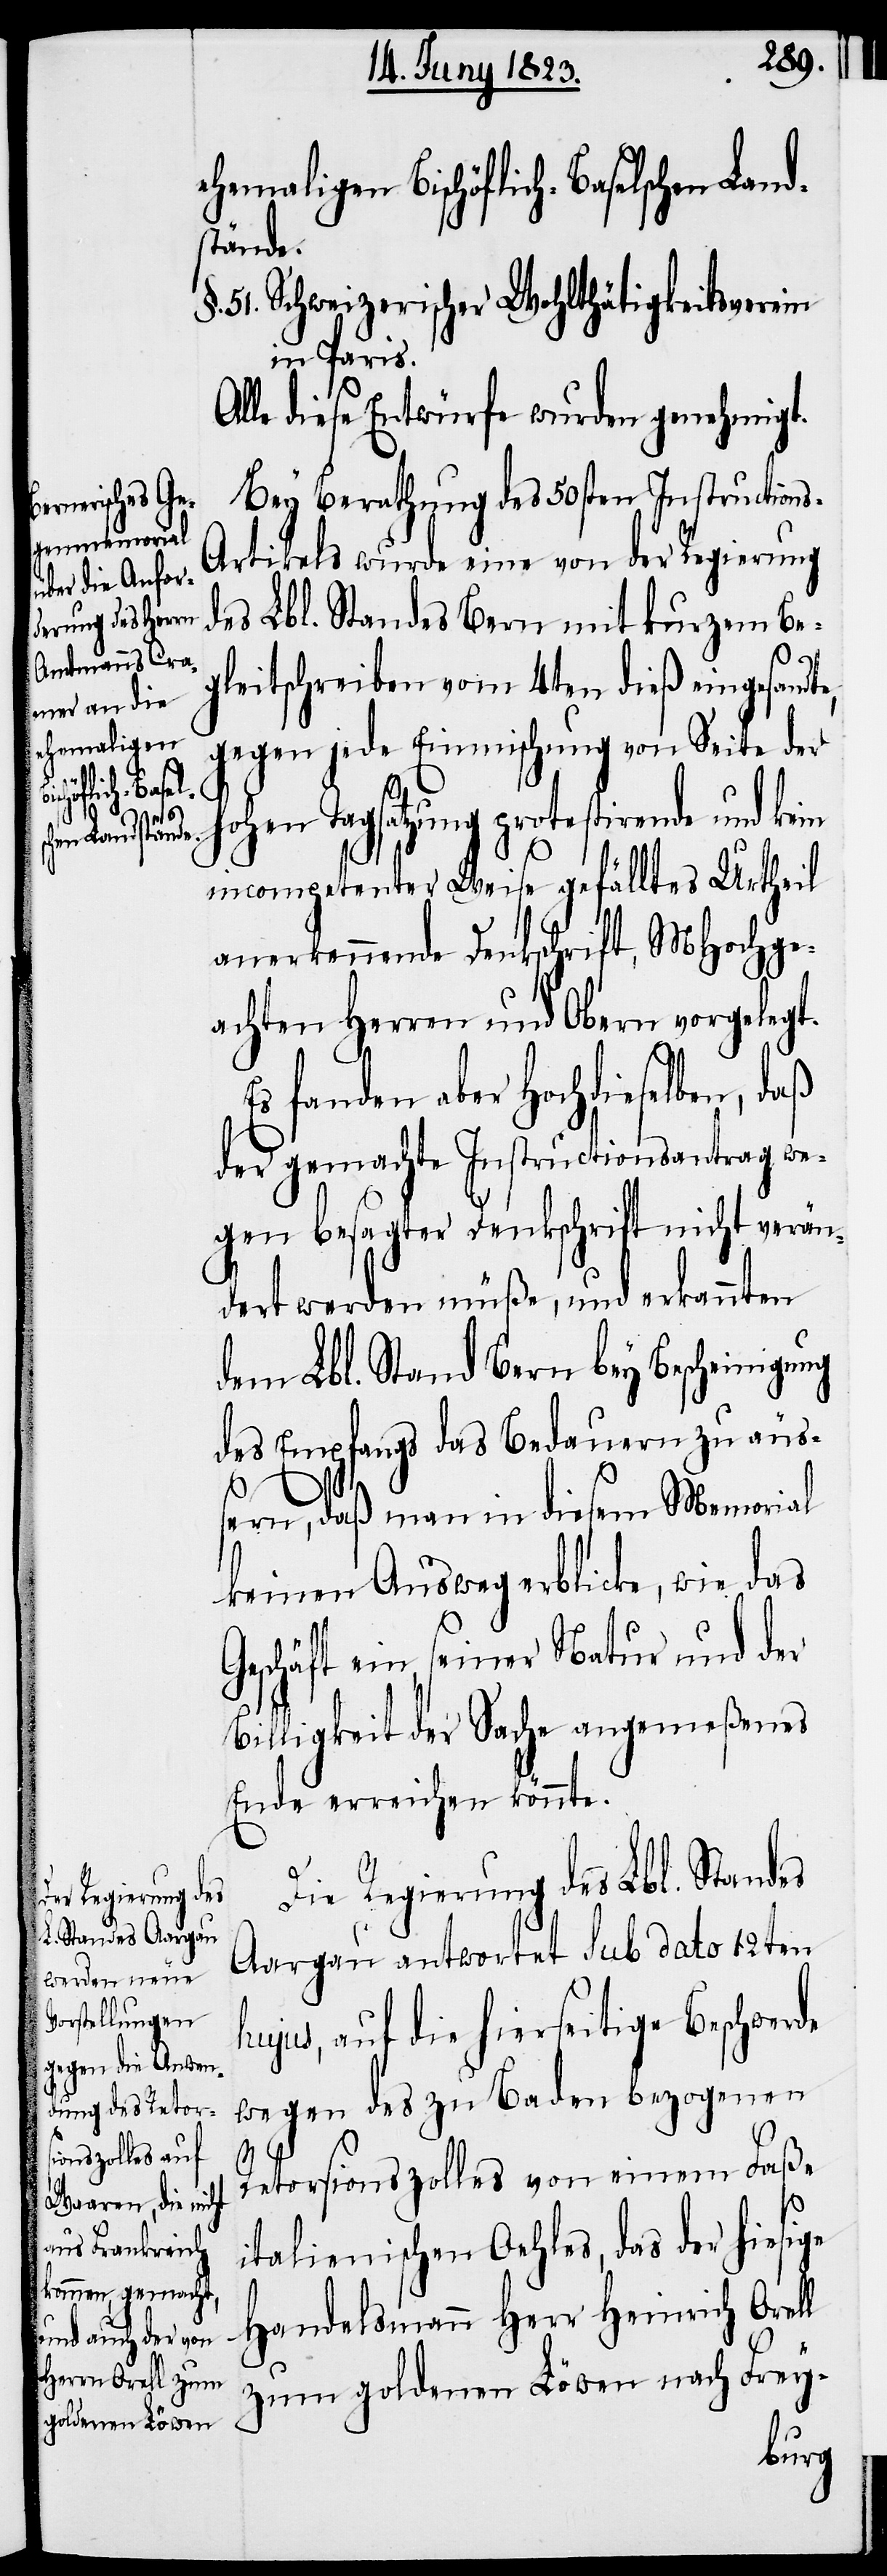
ehemaligen Bischöflich-Baselschen Land¬
stände.
Schweizerischer Wohlthätigkeitsverein
in Paris.
Alle diese Entwürfe wurden genehmigt.
Bey Berathung des 50sten Instruction¬
s-Artikels wurde eine von der Regierung
des Lbl. Standes Bern mit kurzem Be¬
gleitschreiben vom 4ten dieß eingesandte,
gegen jede Einmischung von Seite der
hohen Tagsatzung protestirende und kein
incompetenter Weise gefälltes Urtheil
anerkennende Denkschrift, MHochge¬
achten Herren und Obern vorgelegt.
Es fanden aber Hochdieselben, daß
der gemachte Instructionsantrag we¬
gen besagter Denkschrift nicht verän¬
dert werden müße, und erkannten
dem Lbl. Stand Bern bey Bescheinigung
des Empfangs das Bedauern zu äu¬
ßern, daß man in diesem Memorial
keinen Ausweg erblicke, wie das
Geschäft ein, seiner Natur und der
Billigkeit der Sache angemeßenes
Ende erreichen könnte.
Die Regierung des Lbl. Standes
Aargau antwortet sub dato 12ten
hujus, auf die hierseitige Beschwerde
wegen des zu Baden bezogenen
51.
Retorsionszolles von einem Faße
italienischen Oehles, das der hiesige
Handelsmann Herr Heinrich Orell
zum goldenen Löwen nach Frey-